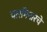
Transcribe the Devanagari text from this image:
चारमिनारचे